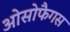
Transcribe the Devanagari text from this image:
ओसोफैगस